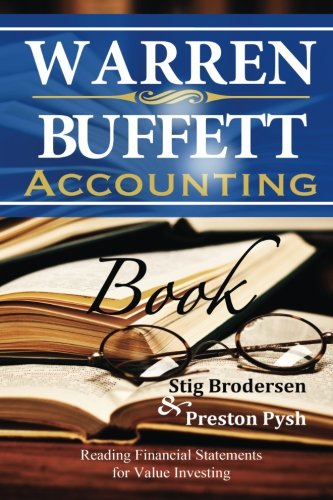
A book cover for Warren Buffett Accounting Book: Reading Financial Statements for Value Investing; Stig Brodersen; Business & Money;